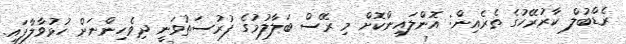
ރެޑްބުލް ކާރުރޭހުގެ ތެރެއިން: އޮންލައިންކޮށް މި ރޭސް ބަލާލުމުގެ ފުރުސަތުވަނީ ދިވެހިންނަށް ހުޅުވާލާފައި.